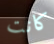
كانت